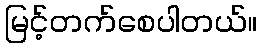
မြင့်တက်စေပါတယ်။